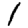
Digit: 1